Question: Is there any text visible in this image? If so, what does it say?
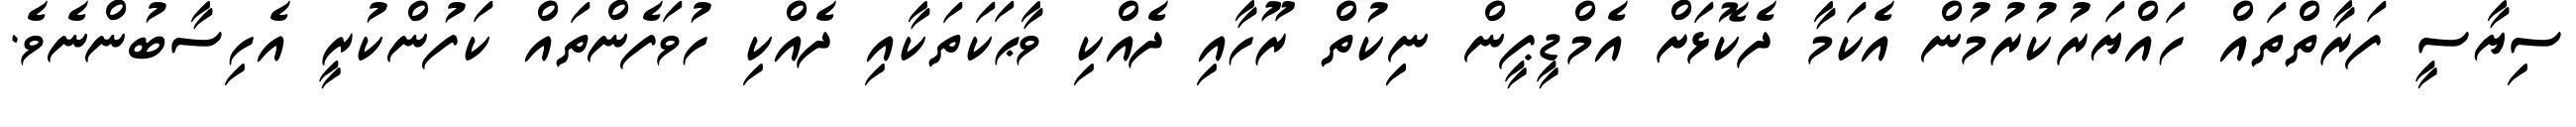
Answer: ސިޔާސީ ފަރާތްތައް ހައްޔަރުކުރުމުން އެކަމާ ދެކޮޅަށް އެމްޑީޕީން ނިިކުތް ރޫހާއި ދެއްކި ވާޙަކަތަކާއި ދެއްކި ހުވަފެންތައް ކަފުންކުރީ އެހިސާބުންނެވެ.